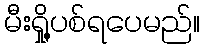
မီးရှို့ပစ်ရပေမည်။